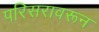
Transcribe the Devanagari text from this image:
परिसरावरून